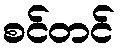
စင်တင်